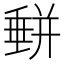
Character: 𡐱